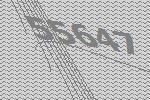
55647